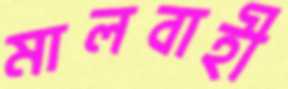
মালবাহী